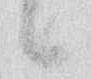
候